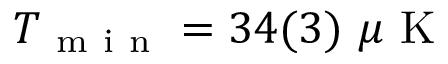
T _ { \mathrm { ~ m ~ i ~ n ~ } } = 3 4 ( 3 ) ~ \mu \mathrm { ~ K ~ }